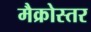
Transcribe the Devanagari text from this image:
मैक्रोस्तर